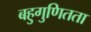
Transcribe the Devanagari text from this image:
बहुगुणितता